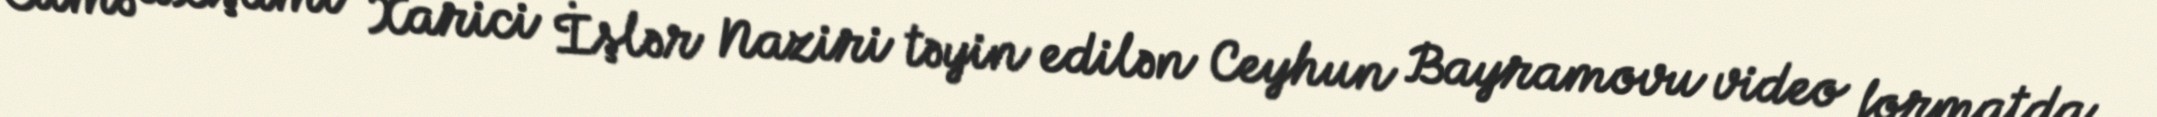
Cümə axşamı Xarici İşlər Naziri təyin edilən Ceyhun Bayramovu video formatda